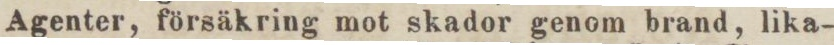
Agenter, försäkring mot skador genom brand, lika-